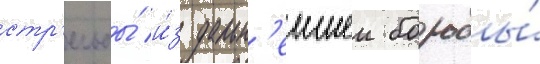
стр'ельбы́ и́з дальн'еишеи борьбы́